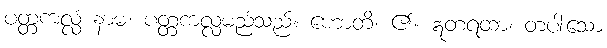
ပတ္တကလ္လံ နာမ၊ ပတ္တကလ္လမည်သည်။ ဟောတိ၊ ၏။ ဣတရထာ၊ တပါးသော